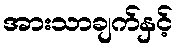
အားသာချက်နှင့်